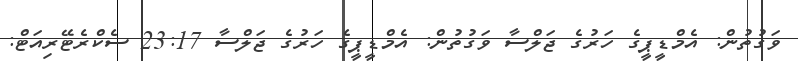
ވަގުތުން: އެމްޑީޕީގެ ހަރުގެ ޖަލްސާ ވަގުތުން: އެމްޑީޕީގެ ހަރުގެ ޖަލްސާ 23:17 ސެކްރެޓޭރިއަޓް: